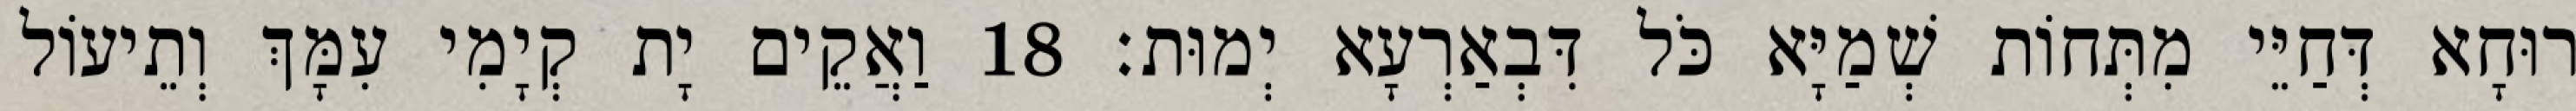
רוּחָא דְּחַיֵּי מִתְּחוֹת שְׁמַיָּא כֹּל דִּבְאַרְעָא יְמוּת׃ 18 וַאֲקֵים יָת קְיָמִי עִמָּךְ וְתֵיעוֹל